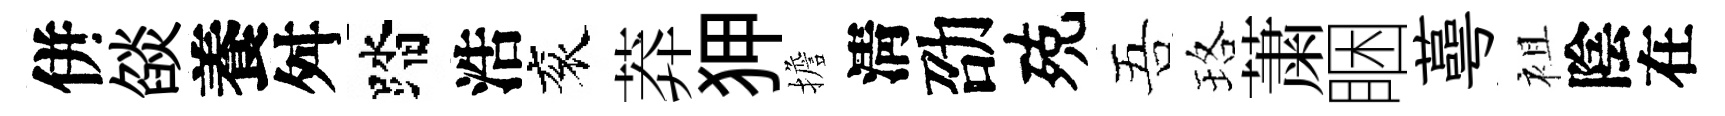
併燄養舛踏浩衮莽狎擔淸劭殑吾珞䔥睏蕚袓陰在